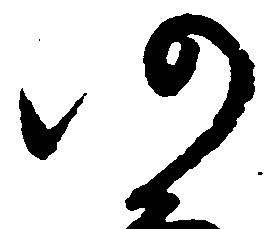
仍